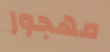
مهجور